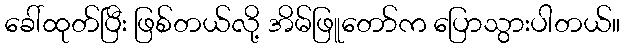
ခေါ်ထုတ်ပြီး ဖြစ်တယ်လို့ အိမ်ဖြူတော်က ပြောသွားပါတယ်။